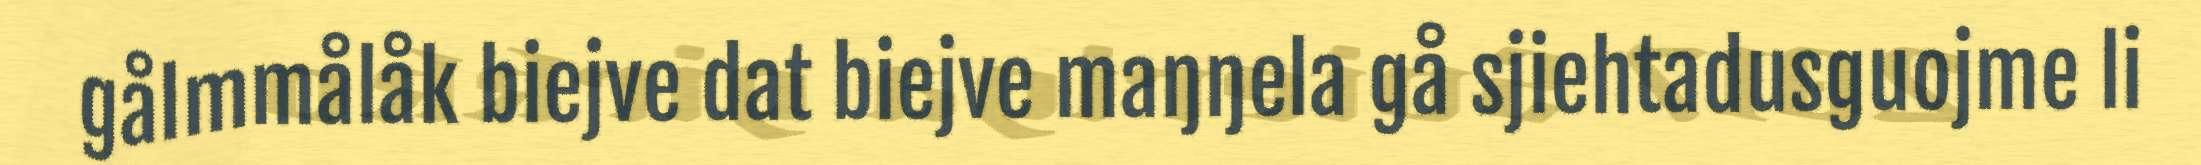
gålmmålåk biejve dat biejve maŋŋela gå sjiehtadusguojme li